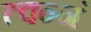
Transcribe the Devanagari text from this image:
त्वन्नं